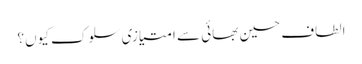
الطاف حسین بھائی سے امتیازی سلوک کیوں؟